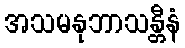
အသမနုဘာသန္တီနံ